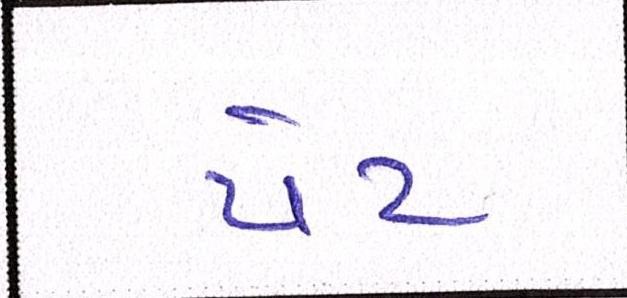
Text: પેટ